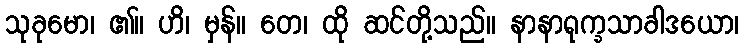
သုခုမော၊ ၏။ ဟိ၊ မှန်။ တေ၊ ထို ဆင်တို့သည်။ နာနာရုက္ခသာခါဒယော၊